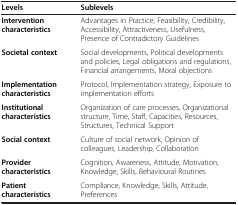
| Levels | Sublevels |
 | --- | --- |
 | Intervention characteristics | Advantages in Practice, Feasibility, Credibility, Accessibility, Attractiveness, Usefulness, Presence of Contradictory Guidelines |
 | Societal context | Social developments, Political developments and policies, Legal obligations and regulations, Financial arrangements, Moral objections |
 | Implementation characteristics | Protocol, Implementation strategy, Exposure to implementation efforts |
 | Institutional characteristics | Organization of care processes, Organizational structure, Time, Staff, Capacities, Resources, Structures, Technical Support |
 | Social context | Culture of social network, Opinion of colleagues, Leadership, Collaboration |
 | Provider characteristics | Cognition, Awareness, Attitude, Motivation, Knowledge, Skills, Behavioural Routines |
 | Patient characteristics | Compliance, Knowledge, Skills, Attitude, Preferences |